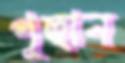
গুছান